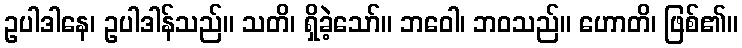
ဥပါဒါနေ၊ ဥပါဒါန်သည်။ သတိ၊ ရှိခဲ့သော်။ ဘဝေါ၊ ဘဝသည်။ ဟောတိ၊ ဖြစ်၏။